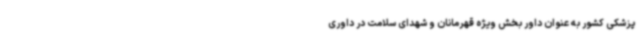
پزشکی کشور به عنوان داور بخش ویژه قهرمانان و شهدای سلامت در داوری